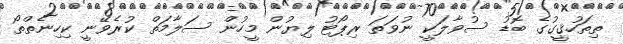
ތިތަހުޤީގުގެ ބޮޑު ސުވާލަކީ ނުވަތަ ރިޕޯޓު ލިޔުން މީހުން ސަލާމަތް ކުރެވޭނީ ކިހިނެތްތޯ